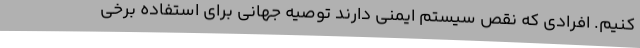
کنیم. افرادی که نقص سیستم ایمنی دارند توصیه جهانی برای استفاده برخی